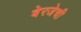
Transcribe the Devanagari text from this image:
बेरजेची